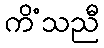
ကိံသညီ